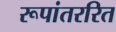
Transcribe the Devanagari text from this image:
रूपांतररित